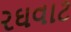
રઘવાટ